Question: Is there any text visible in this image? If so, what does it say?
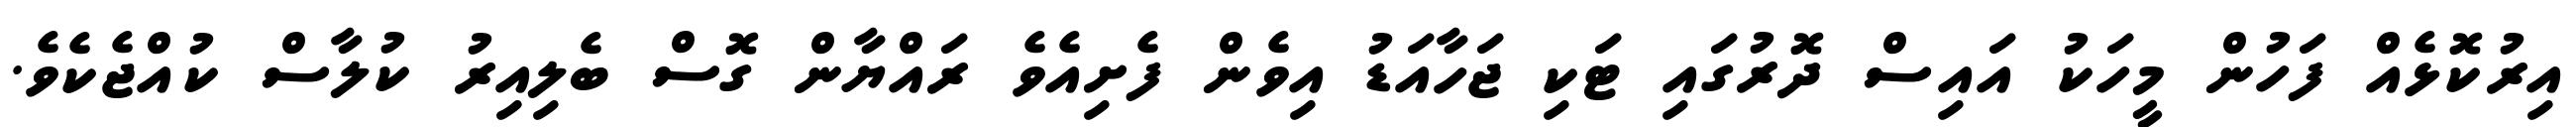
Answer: އިރުކޮޅެއް ފަހުން މީހަކު އައިސް ދޮރުގައި ޓަކި ޖަހާއަޑު އިވެން ފެށިއެވެ ރައްޔާން ގޮސް ބެލިއިރު ކުލާސް ކުއްޖެކެވެ.